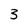
Character: 3